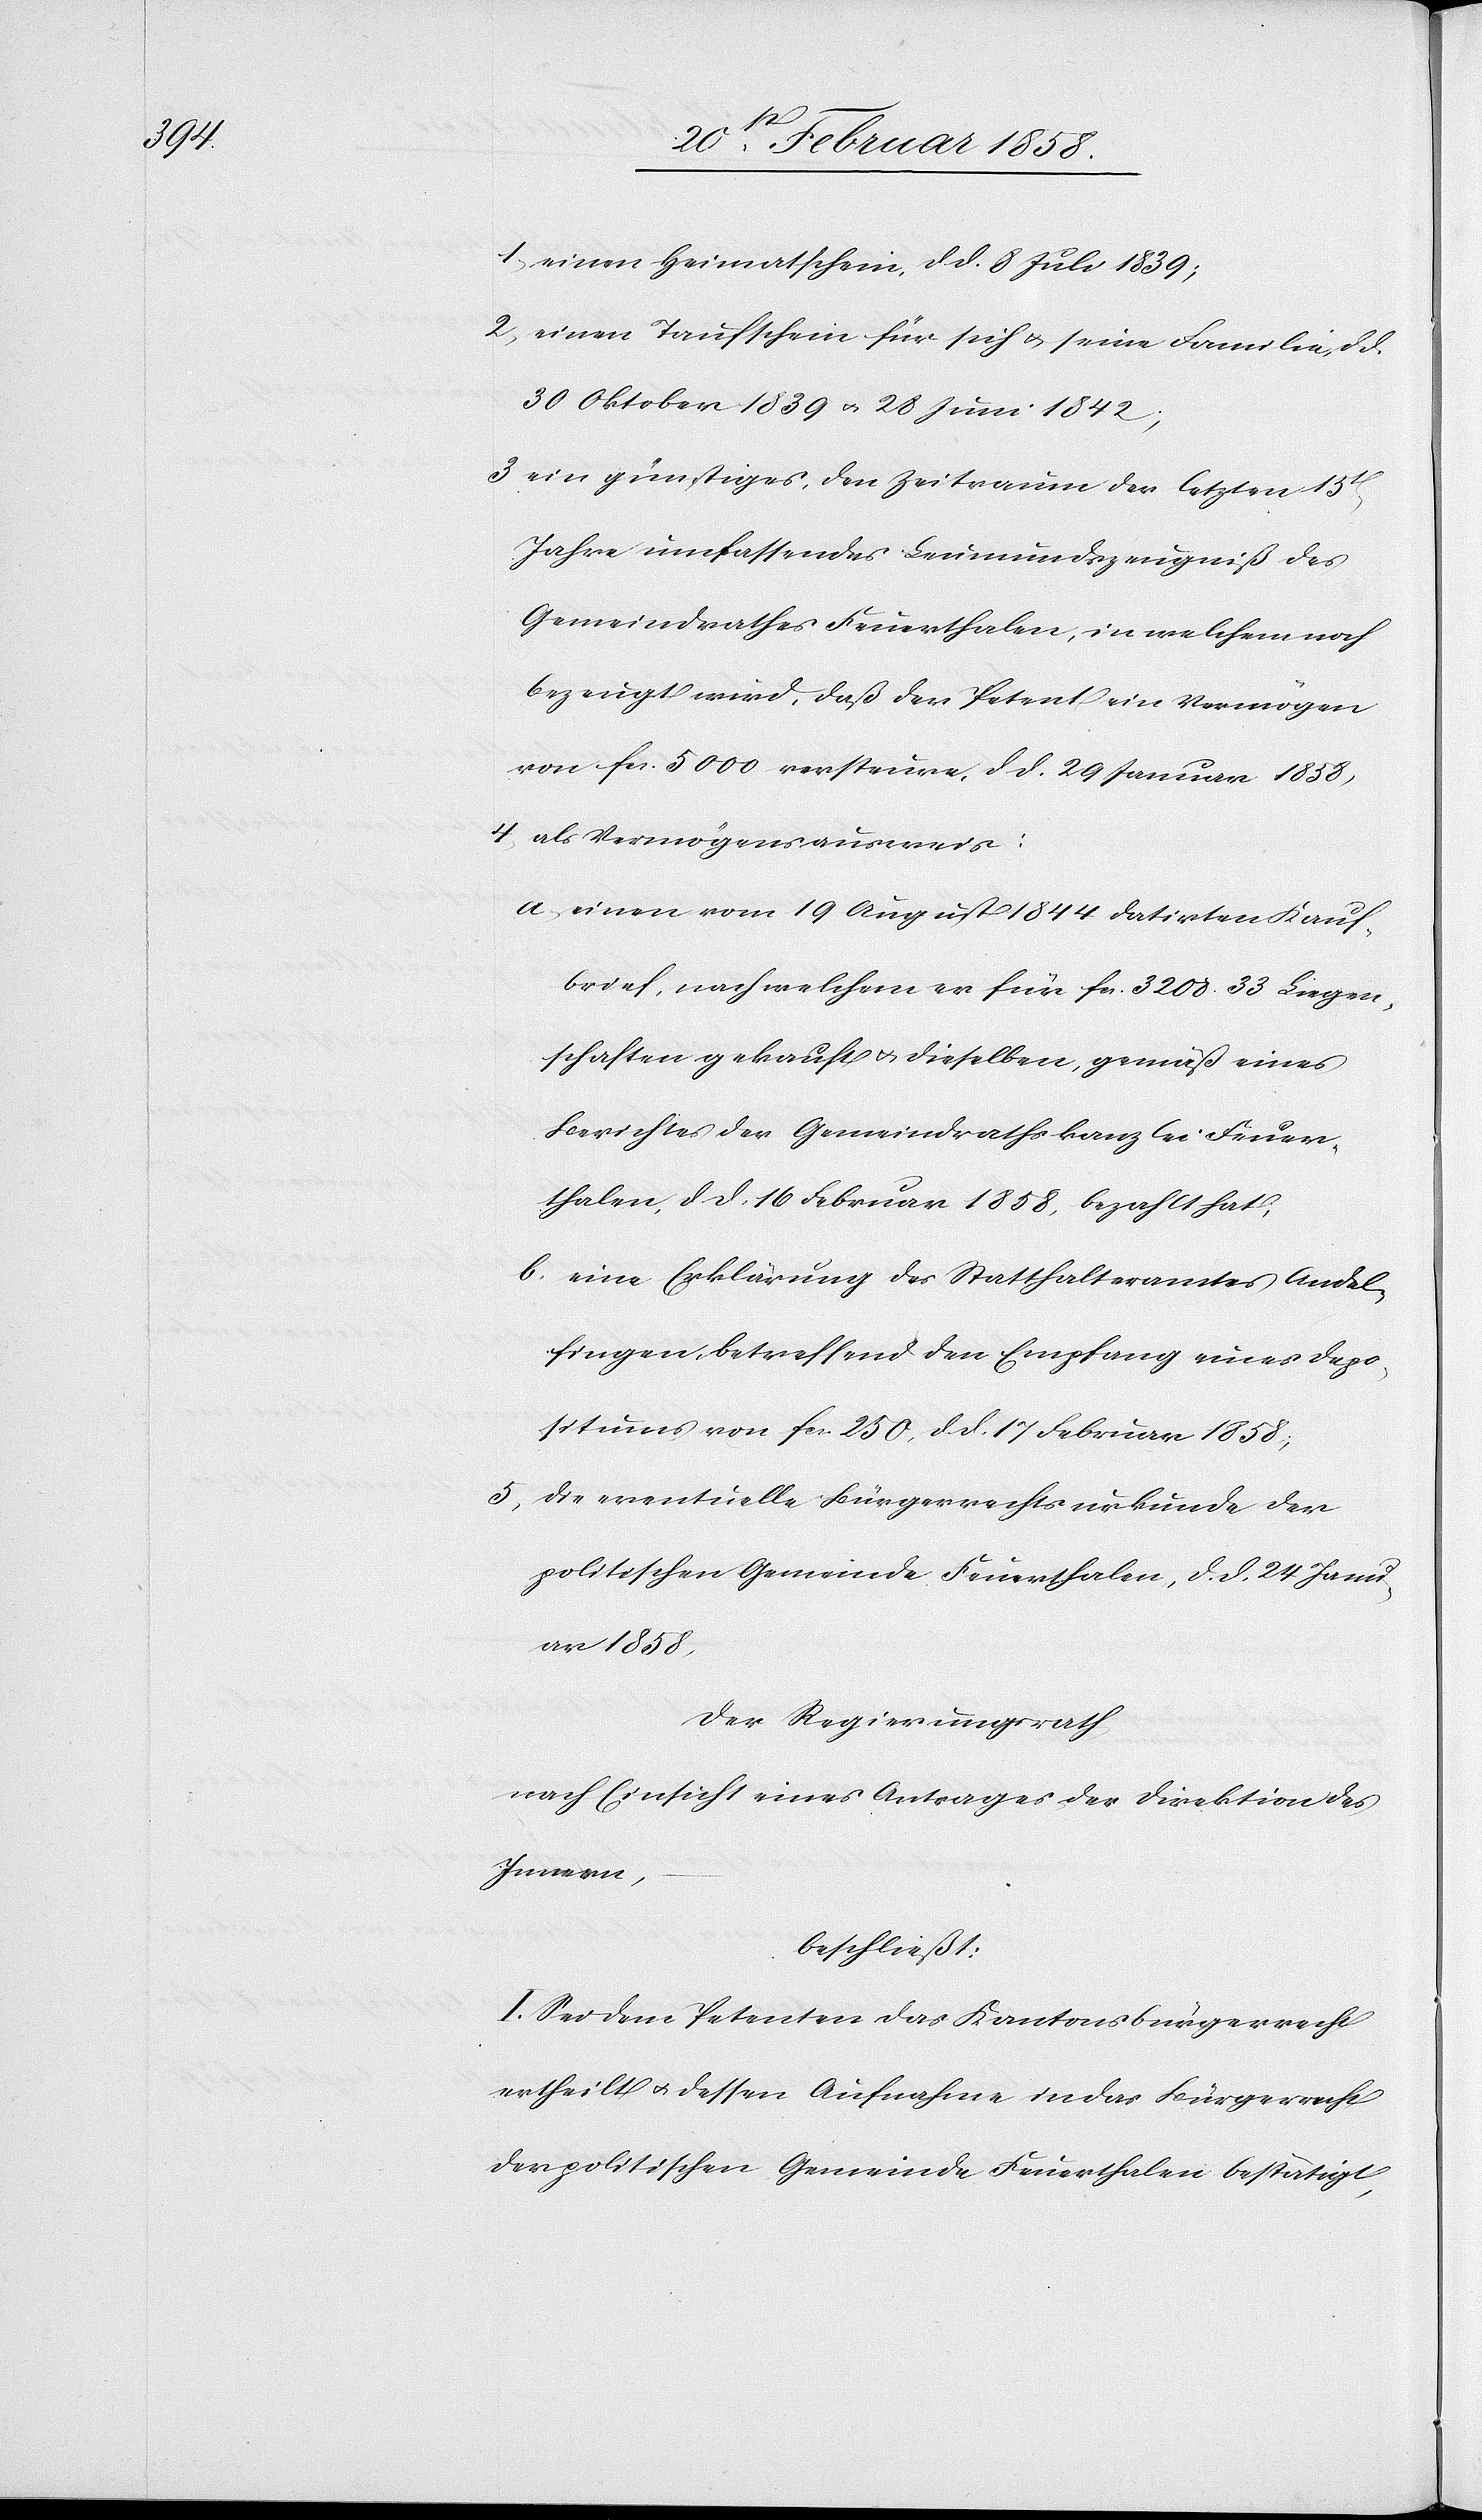
1. einen Heimatschein, d. d. 8 Juli 1839;
2. einen Taufschein für sich u. seine Familie, d. d.
30 Oktober 1839 u. 28 Juni 1842;
3. ein günstiges, den Zeitraum der letzten 15
Jahre umfassendes Leumundszeugniß des
Gemeindrathes Feuerthalen, in welchem noch
bezeugt wird, daß der Petent ein Vermögen
von fcs.5000 versteure, d. d. 20 Januar 1858,
4. als Vermögensausweis:
a. einen vom 19 August 1844 datirten Kauf¬
brief, nach welchem er für fcs 3200 33 Liegen¬
schaften gekauft u. dieselben, gemäß eines
Berichtes der Gemeindrathskanzlei Feuer¬
thalen, d. d. 16 Februar 1858, bezahlt hat,
b. eine Erklärung des Statthalteramtes Andel¬
fingen, betreffend den Empfang eines Depo¬
situms von fcs. 250, d. d. 17 Februar 1858;
5. die eventuelle Bürgerrechtsurkunde der
politischen Gemeinde Feuerthalen, d. d. 24 Janu¬
ar 1858,
Der Regierungsrath
nach Einsicht eines Antrages der Direktion des
Innern,
beschließt:
I. Sei dem Petenten das Kantonsbürgerrecht
ertheilt u. dessen Aufnahme in das Bürgerrecht
der politischen Gemeinde Feuerthalen bestätigt,